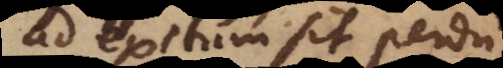
ad exitum sit perdu